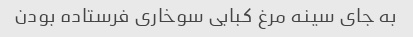
به جای سینه مرغ کبابی سوخاری فرستاده بودن